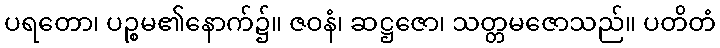
ပရတော၊ ပဉ္စမ၏နောက်၌။ ဇဝနံ၊ ဆဋ္ဌဇော၊ သတ္တမဇောသည်။ ပတိတံ